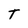
Character: T